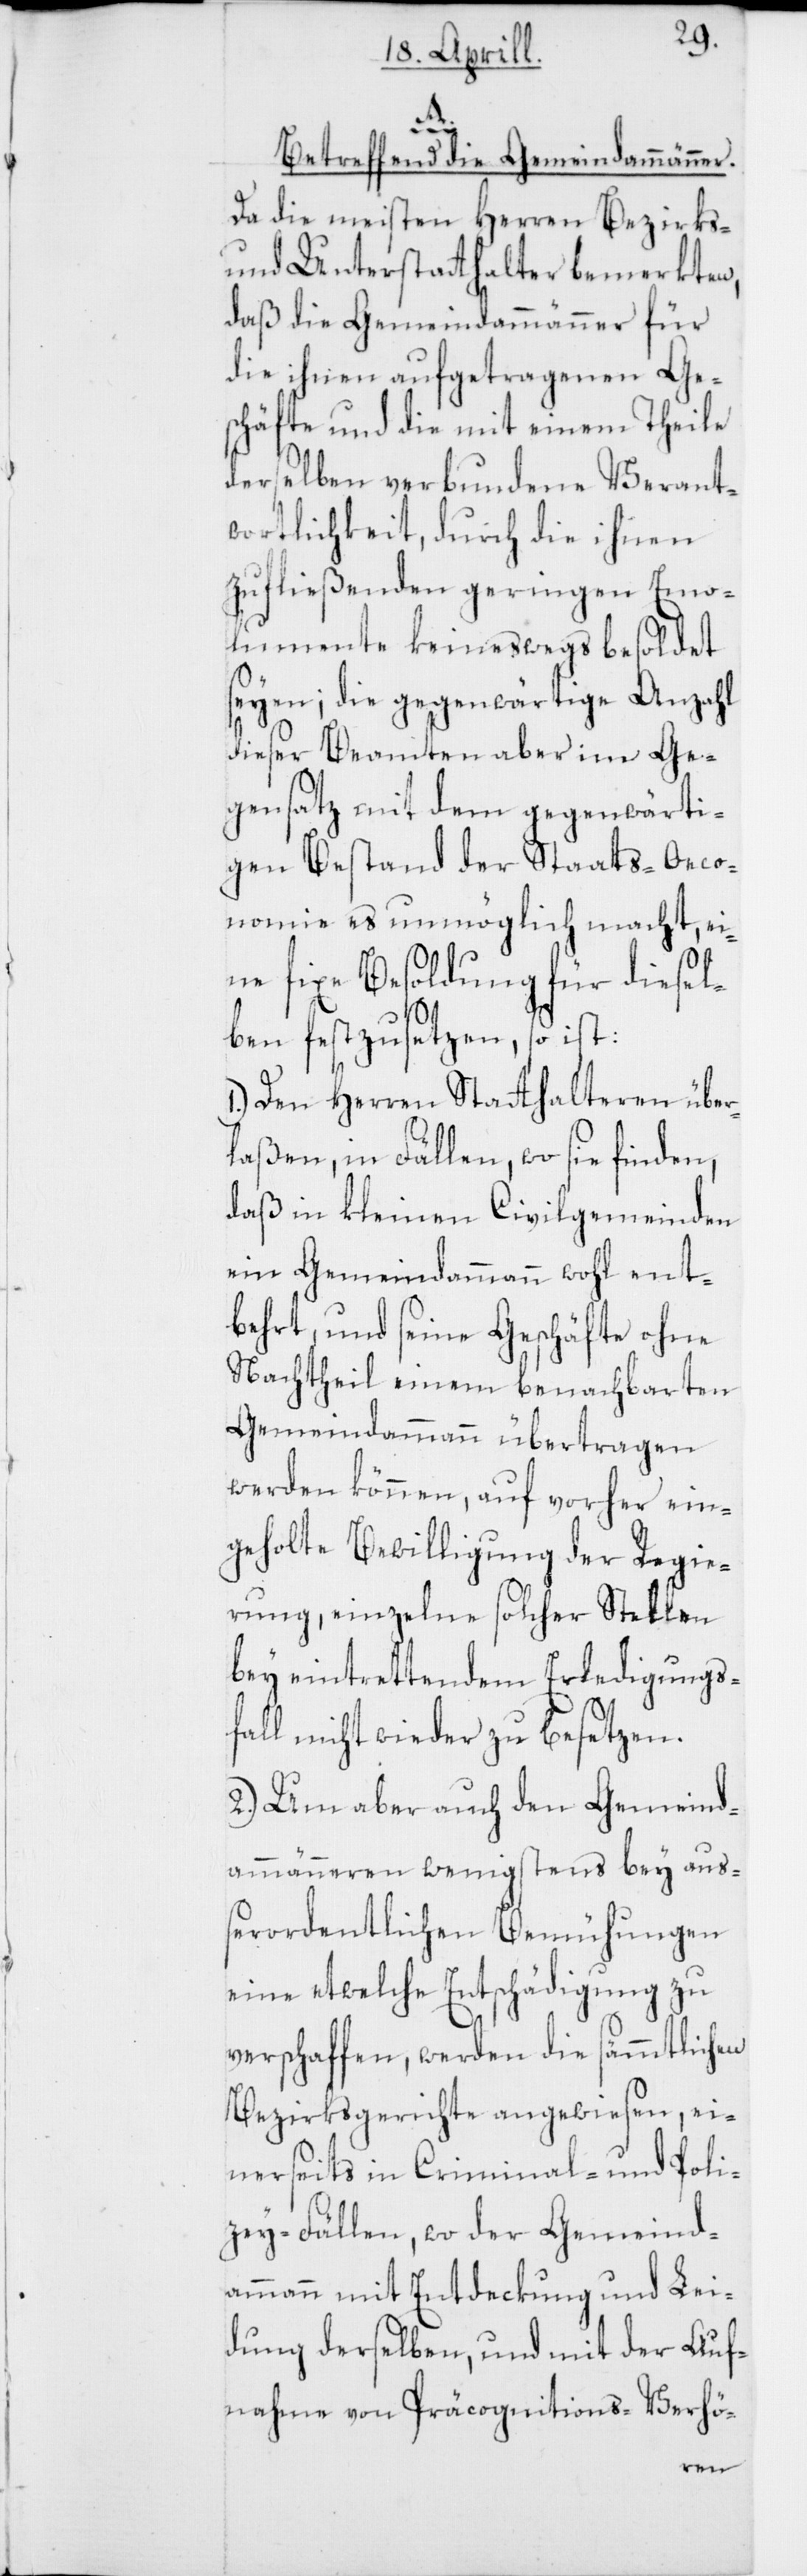
ammänn¬
Betreffend die Gemeindammänner.
Da die meisten Herren Bezirks-
und Unterstatthalter bemerkten,
daß die Gemeindammänner für
die ihnen aufgetragenen Ge¬
schäfte und die mit einem Theile
derselben verbundene Verant¬
wortlichkeit, durch die ihnen
zufließenden geringen Emo¬
lumente keineswegs besoldet
seyen; die gegenwärtige Anzahl
dieser Beamten aber im Ge¬
gensatz mit dem gegenwärti¬
gen Bestand der Staats-Oeco¬
nomie es unmöglich macht, ei¬
ne fixe Besoldung für diesel¬
ben festzusetzen, so ist:
1.) Den Herren Stathalteren über¬
laßen, in Fällen, wo sie finden,
daß in kleinen Civilgemeinden
ein Gemeindammann wohl ent¬
behrt, und seine Geschäfte ohne
Nachtheil einem benachbarten
Gemeindammann übertragen
werden können, auf vorher ein¬
geholte Bewilligung der Regie¬
rung, einzelne solcher Stellen
bey eintrettendem Erledigungs¬
fall nicht wieder zu besetzen.
2.) Um aber auch den Gemeind¬
eren wenigstens bey auß¬
erordentlichen Bemühungen
eine etwelche Entschädigung zu
verschaffen, werden die sämmtlichen
Bezirksgerichte angewiesen, ei¬
nerseits in Criminal- und Poli¬
zey-Fällen, wo der Gemeind¬
ammann mit Entdeckung und Lei¬
dung derselben, und mit der Auf¬
nahme von Präcognitions-Verhö-